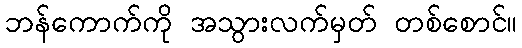
ဘန်ကောက်ကို အသွားလက်မှတ် တစ်စောင်။